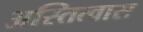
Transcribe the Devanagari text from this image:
अस्तित्वास